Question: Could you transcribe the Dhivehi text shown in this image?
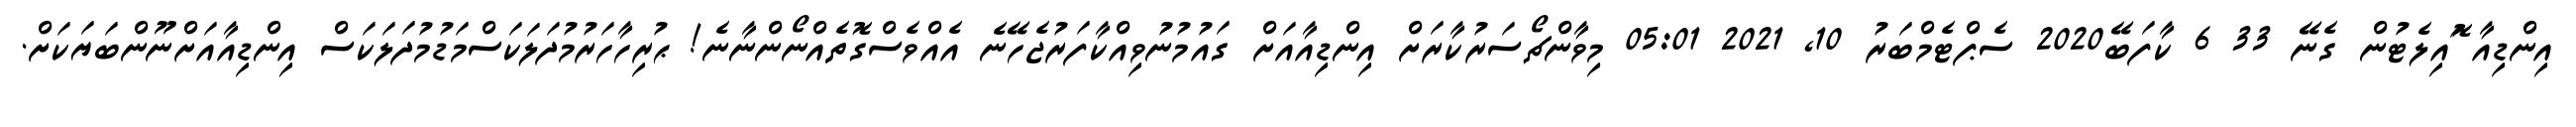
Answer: އިންޑިއާ ޮައިލެޓުން ގެނޭ 33 6 ކާފަބޭ2020 ސެޕްޓެމްބަރު 10, 2021 05:01 މިވާންޗޯސަރުކާރަށް އިންޑިއާއަށް ގައުމުނުވިއްކާފަރުޖެހޭނެ އެއްވެސްގޮތެއްނޯންނާނެ! ޙުރިހާހަރުމުދަލަކަސްމަޑުމުދަލަކަސް އިންޑިއާއަށްނޫންބަޔަކަށް.